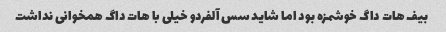
بیف هات داگ خوشمزه بود اما شاید سس آلفردو خیلی با هات داگ همخوانی نداشت